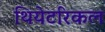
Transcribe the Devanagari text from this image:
थियेटरिकल